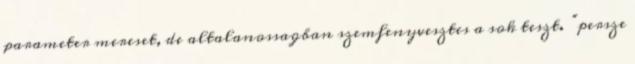
parameter mereset, de altalanossagban szemfenyvesztes a sok teszt. “persze